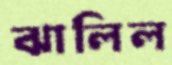
ঝালিল